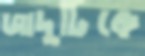
জাদুটিকে